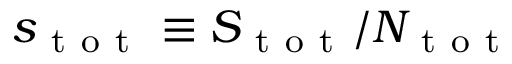
s _ { \mathrm { ~ t ~ o ~ t ~ } } \equiv S _ { \mathrm { ~ t ~ o ~ t ~ } } / N _ { \mathrm { ~ t ~ o ~ t ~ } }